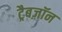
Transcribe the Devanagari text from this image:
ट्रैबज़ॉन